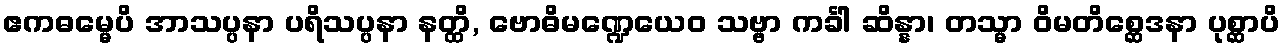
ဧကဓမ္မေပိ အာသပ္ပနာ ပရိသပ္ပနာ နတ္ထိ, ဗောဓိမဏ္ဍေယေဝ သဗ္ဗာ ကင်္ခါ ဆိန္နာ၊ တသ္မာ ဝိမတိစ္ဆေဒနာ ပုစ္ဆာပိ